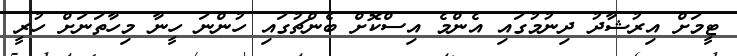
ޓީމަށް އިރުޝާދު ދިނުމުގައި އެންމެ އިސްކޮށް ބެންޗުގައި ހުންނަ ހީނާ މިހާތަނަށް ހުރީ